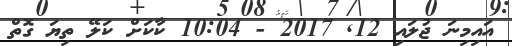
އައިމިނަ ޖުލައި 12